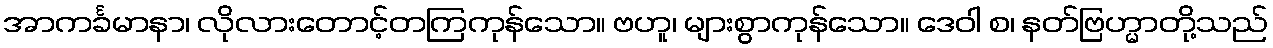
အာကင်္ခမာနာ၊ လိုလားတောင့်တကြကုန်သော။ ဗဟူ၊ များစွာကုန်သော။ ဒေဝါ စ၊ နတ်ဗြဟ္မာတို့သည်